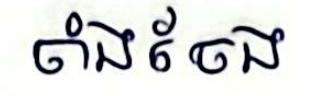
ចាំងចែង